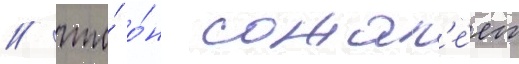
/ что́ о́н сожал'е́ет